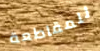
للمقاطعة